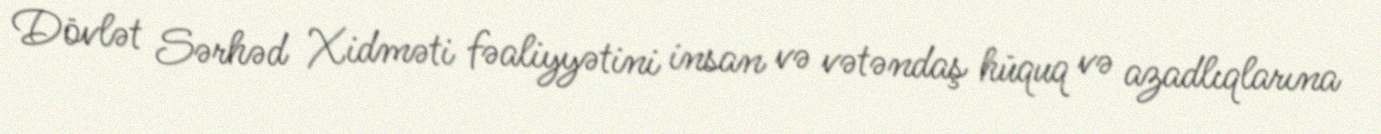
Dövlət Sərhəd Xidməti fəaliyyətini insan və vətəndaş hüquq və azadlıqlarına